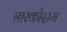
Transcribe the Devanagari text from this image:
नारकोदाम